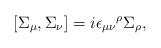
\begin{align*}\left[\Sigma_{\mu},\Sigma_{\nu}\right] = i{\epsilon_{\mu \nu}}^\rho \Sigma_\rho,\end{align*}